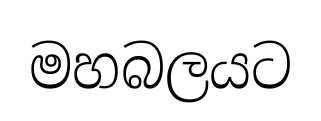
මහබලයට